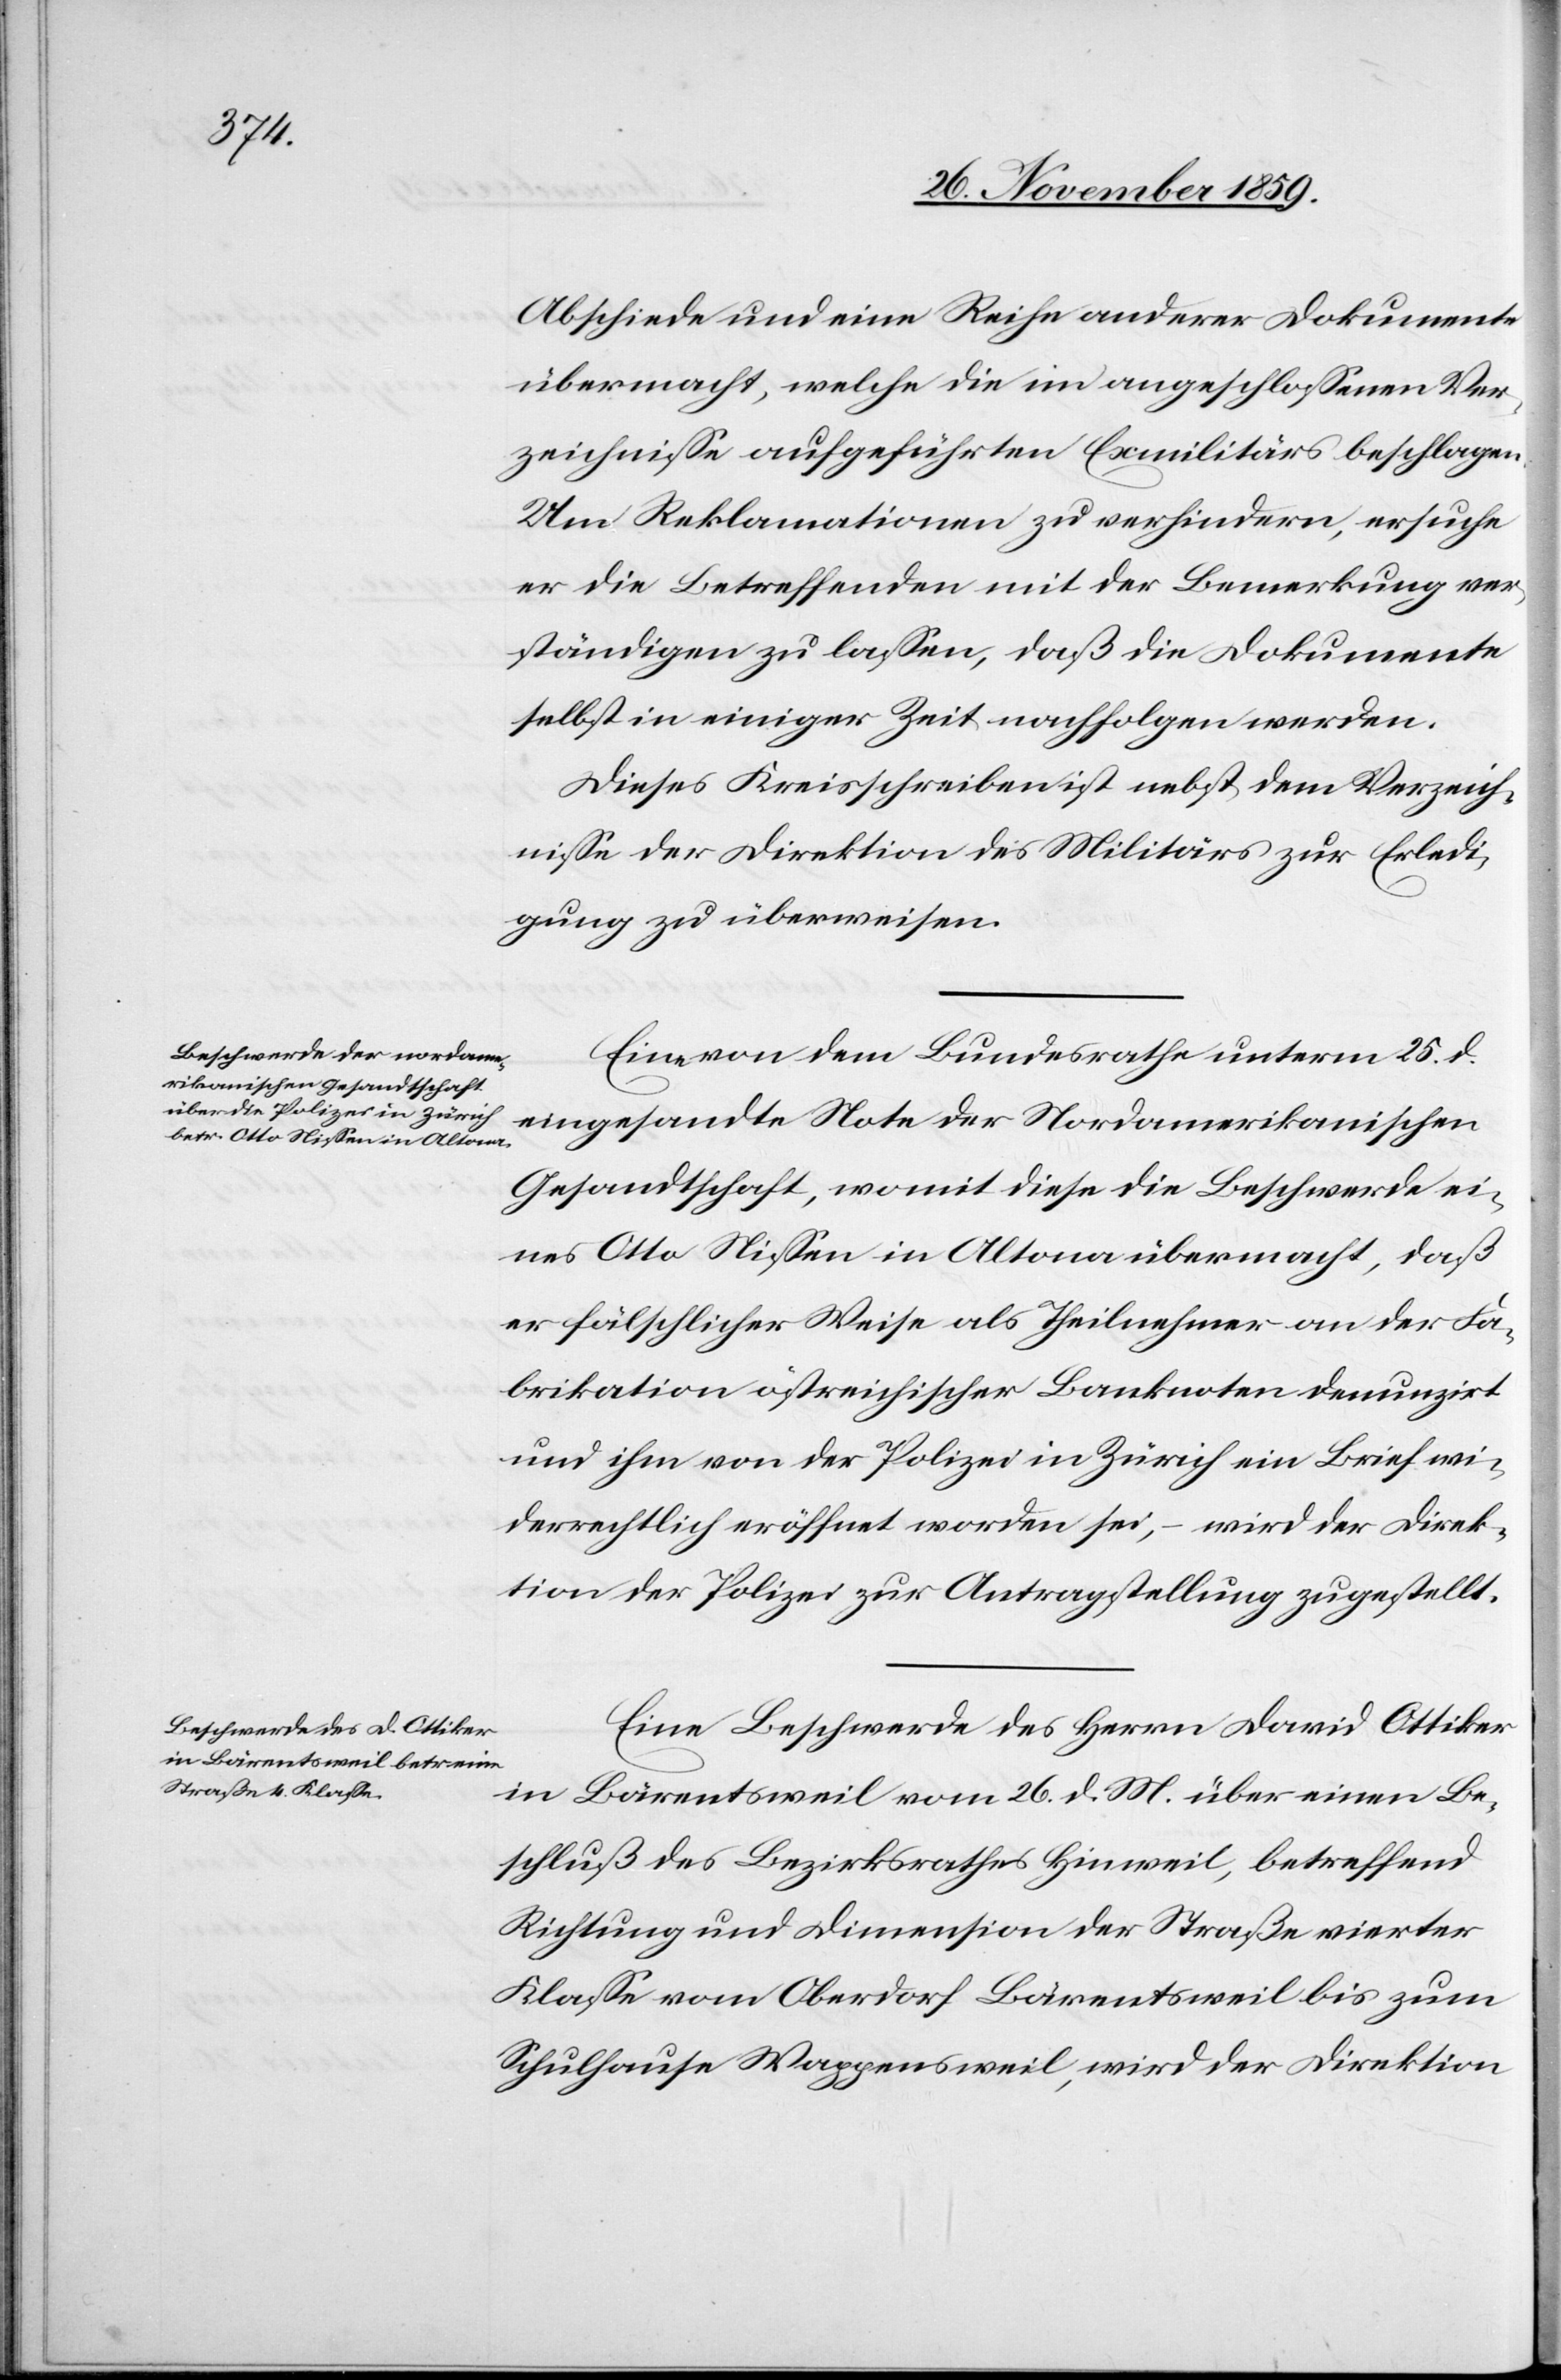
28. Novemb. 1859.]
Abschiede und eine Reihe anderer Dokumente
übermacht, welche die im angeschlossenen Ver¬
zeichnisse aufgeführten Exmilitärs beschlagen.
Um Reklamationen zu verhindern, ersuche
nun die Betreffenden mit der Bemerkung ver¬
ständigen zu lassen, daß die Dokumente
selbst in einiger Zeit nachfolgen werden.
Dieses Kreisschreiben ist nebst dem Verzeich¬
nisse der Direktion des Militärs zur Erledi¬
gung zu überweisen.
Eine von dem Bundesrathe unterm 25. d.
eingesandte Note der Nordamerikanischen
Gesandtschaft, womit diese die Beschwerde ei¬
nes Otto Nissen in Altona übermacht, daß
er fälschlicher Weise als Theilnehmer an der Fa¬
brikation östreichischer Banknoten denunzirt
und ihm von der Polizei in Zürich ein Brief wie¬
derrechtlich eröffnet worden sei, – wird der Direk¬
tion der Polizei zur Antragstellung zugestellt.
Eine Beschwerde des Herrn David Ottiker
in Bärentsweil vom 26. d. M. über einen Be¬
schluß des Bezirksrathes Hinweil, betreffend
Richtung und Dimension der Straße vierter
Klassen vom Oberdorf Bärentsweil bis zum
Schulhause Wappenweil, wird der Direktion